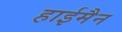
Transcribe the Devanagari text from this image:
हाईमैन